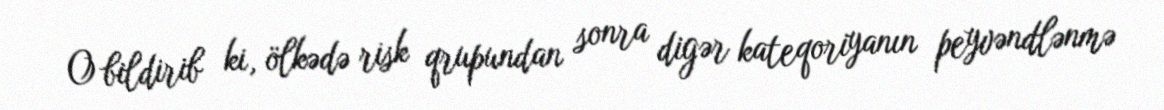
O bildirib ki, ölkədə risk qrupundan sonra digər kateqoriyanın peyvəndlənmə